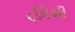
૮કિમી